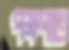
পক্ষপাত